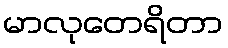
မာလုတေရိတာ